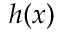
h ( x )